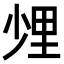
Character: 𨤢